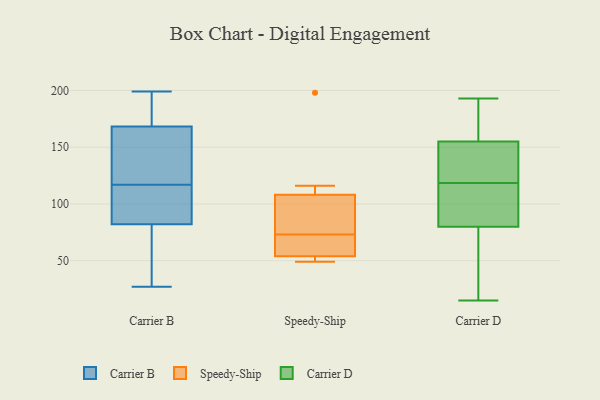
{"axis": {"x": "Waste Production (Tons)", "y": "Value"}, "legend": ["Carrier B", "Carrier D", "Speedy-Ship"], "data": [{"x": "", "y": 142, "type": "Carrier B"}, {"x": "", "y": 174, "type": "Carrier B"}, {"x": "", "y": 136, "type": "Carrier B"}, {"x": "", "y": 75, "type": "Carrier B"}, {"x": "", "y": 199, "type": "Carrier B"}, {"x": "", "y": 82, "type": "Carrier B"}, {"x": "", "y": 83, "type": "Carrier B"}, {"x": "", "y": 192, "type": "Carrier B"}, {"x": "", "y": 151, "type": "Carrier B"}, {"x": "", "y": 141, "type": "Carrier B"}, {"x": "", "y": 179, "type": "Carrier B"}, {"x": "", "y": 102, "type": "Carrier B"}, {"x": "", "y": 35, "type": "Carrier B"}, {"x": "", "y": 199, "type": "Carrier B"}, {"x": "", "y": 113, "type": "Carrier B"}, {"x": "", "y": 82, "type": "Carrier B"}, {"x": "", "y": 27, "type": "Carrier B"}, {"x": "", "y": 40, "type": "Carrier B"}, {"x": "", "y": 117, "type": "Carrier B"}, {"x": "", "y": 90, "type": "Speedy-Ship"}, {"x": "", "y": 116, "type": "Speedy-Ship"}, {"x": "", "y": 54, "type": "Speedy-Ship"}, {"x": "", "y": 198, "type": "Speedy-Ship"}, {"x": "", "y": 54, "type": "Speedy-Ship"}, {"x": "", "y": 96, "type": "Speedy-Ship"}, {"x": "", "y": 49, "type": "Speedy-Ship"}, {"x": "", "y": 112, "type": "Speedy-Ship"}, {"x": "", "y": 73, "type": "Speedy-Ship"}, {"x": "", "y": 64, "type": "Speedy-Ship"}, {"x": "", "y": 53, "type": "Speedy-Ship"}, {"x": "", "y": 157, "type": "Carrier D"}, {"x": "", "y": 36, "type": "Carrier D"}, {"x": "", "y": 193, "type": "Carrier D"}, {"x": "", "y": 89, "type": "Carrier D"}, {"x": "", "y": 116, "type": "Carrier D"}, {"x": "", "y": 189, "type": "Carrier D"}, {"x": "", "y": 176, "type": "Carrier D"}, {"x": "", "y": 64, "type": "Carrier D"}, {"x": "", "y": 149, "type": "Carrier D"}, {"x": "", "y": 105, "type": "Carrier D"}, {"x": "", "y": 66, "type": "Carrier D"}, {"x": "", "y": 15, "type": "Carrier D"}, {"x": "", "y": 84, "type": "Carrier D"}, {"x": "", "y": 145, "type": "Carrier D"}, {"x": "", "y": 121, "type": "Carrier D"}, {"x": "", "y": 153, "type": "Carrier D"}, {"x": "", "y": 76, "type": "Carrier D"}, {"x": "", "y": 126, "type": "Carrier D"}, {"x": "", "y": 177, "type": "Carrier D"}, {"x": "", "y": 108, "type": "Carrier D"}]}